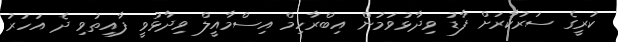
ކުރީގެ ސަރުކާރަށް ފާޑު ވިދާޅުވަމުން އިބްރާހިމް އިސްމާއީލް ވިދާޅުވީ ފާއިތުވި ދެ އަހަރު